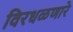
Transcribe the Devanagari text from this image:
विरधळणारे